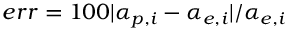
e r r = 1 0 0 | \alpha _ { p , i } - \alpha _ { e , i } | / \alpha _ { e , i }